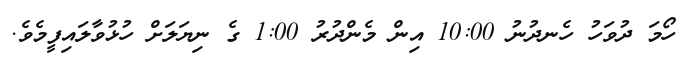
ހޯމަ ދުވަހު ހެނދުނު 10:00 އިން މެންދުރު 1:00 ގެ ނިޔަލަށް ހުޅުވާލައިފީމެވެ.